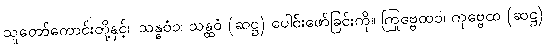
သူတော်ကောင်းတို့နှင့်။ သန္ဓဝံ၁၊ သန္ထဝံ (ဆဋ္ဌ) ပေါင်းဖော်ခြင်းကို။ ကြုဗ္ဗေထ၁၊ ကုဗ္ဗေထ (ဆဋ္ဌ)